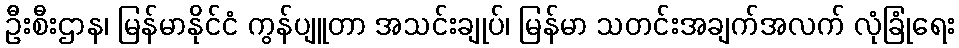
ဦးစီးဌာန၊ မြန်မာနိုင်ငံ ကွန်ပျူတာ အသင်းချုပ်၊ မြန်မာ သတင်းအချက်အလက် လုံခြုံရေး